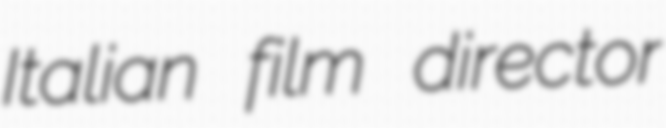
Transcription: Italian film director